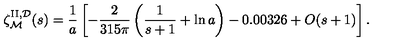
\zeta _ { \cal M } ^ { \mathrm { I I } , { \cal D } } ( s ) = { \frac { 1 } { a } } \left[ - { \frac { 2 } { 3 1 5 \pi } } \left( { \frac { 1 } { s + 1 } } + \ln a \right) - 0 . 0 0 3 2 6 + O ( s + 1 ) \right] .